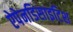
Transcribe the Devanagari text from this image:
ऐपेनडिसाइटिश